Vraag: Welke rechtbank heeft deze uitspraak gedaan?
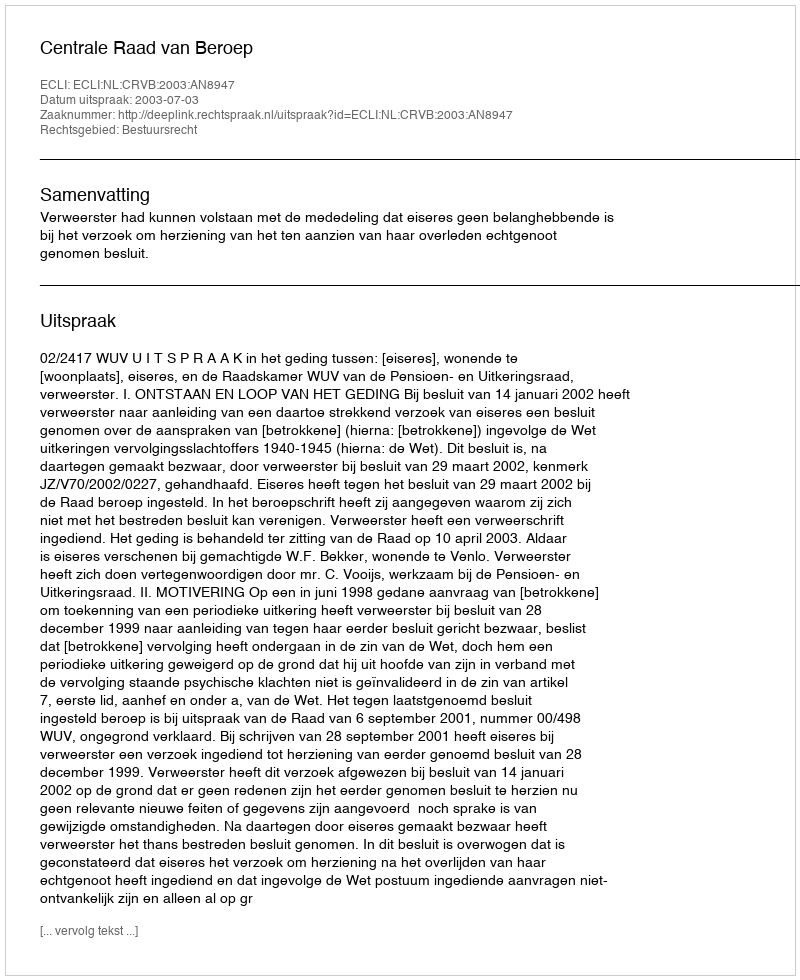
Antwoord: Centrale Raad van Beroep